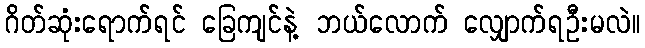
ဂိတ်ဆုံးရောက်ရင် ခြေကျင်နဲ့ ဘယ်လောက် လျှောက်ရဦးမလဲ။